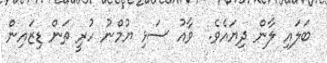
ބަލައި ލާން ދިޔައެވެ.  ވާއު ސަޅި ޔުމްނު ހުރީ ތަން ޑިޒައިން